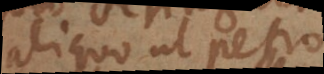
aliquo ut Petro